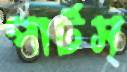
পার্টস্